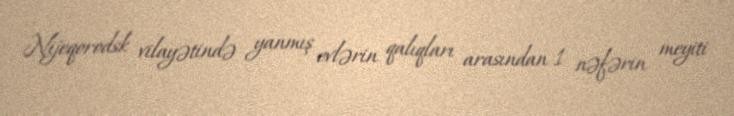
Nijeqorodsk vilayətində yanmış evlərin qalıqları arasından 1 nəfərin meyiti